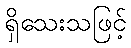
ရှိသေးသဖြင့်